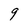
Character: 9